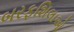
બરફશિલાઓ